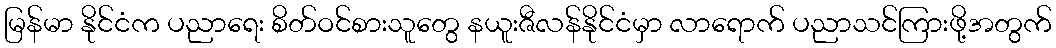
မြန်မာ နိုင်ငံက ပညာရေး စိတ်ဝင်စားသူတွေ နယူးဇီလန်နိုင်ငံမှာ လာရောက် ပညာသင်ကြားဖို့အတွက်